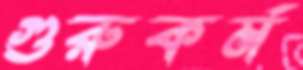
গুরুকর্ম